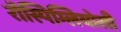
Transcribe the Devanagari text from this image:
रॉस्पिग्लियोसी